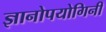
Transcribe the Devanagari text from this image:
ज्ञानोपयोगिनी